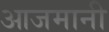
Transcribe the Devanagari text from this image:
आजमानी